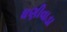
ધણીવાડા